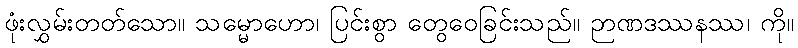
ဖုံးလွှမ်းတတ်သော။ သမ္မောဟော၊ ပြင်းစွာ တွေဝေခြင်းသည်။ ဉာဏဒဿနဿ၊ ကို။